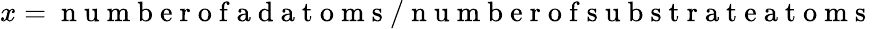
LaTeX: x=\mathrm{~n~u~m~b~e~r~o~f~a~d~a~t~o~m~s~}/\mathrm{~n~u~m~b~e~r~o~f~s~u~b~s~t~r~a~t~e~a~t~o~m~s~}